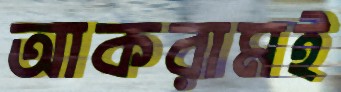
আকরামই